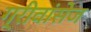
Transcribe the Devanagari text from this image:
ग्रीवांसेज